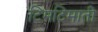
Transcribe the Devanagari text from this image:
टिमटिमाती